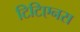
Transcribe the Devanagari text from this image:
टिटिएनस